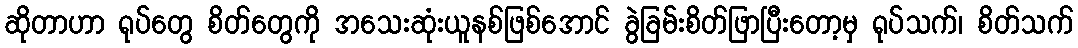
ဆိုတာဟာ ရုပ်တွေ စိတ်တွေကို အသေးဆုံးယူနစ်ဖြစ်အောင် ခွဲခြမ်းစိတ်ဖြာပြီးတော့မှ ရုပ်သက်၊ စိတ်သက်